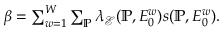
\begin{array} { r } { \beta = \sum _ { w = 1 } ^ { W } \sum _ { \mathbb { P } } \lambda _ { \mathcal { E } } ( { \mathbb { P } } , E _ { 0 } ^ { w } ) s ( \mathbb { P } , E _ { 0 } ^ { w } ) . } \end{array}